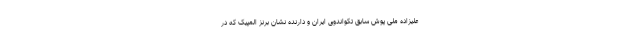
علیزاده ملی پوش سابق تکواندوی ایران و دارنده نشان برنز المپیک که در